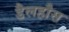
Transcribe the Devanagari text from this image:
डैलहौस